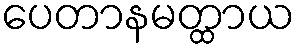
ပေတာနမတ္ထာယ